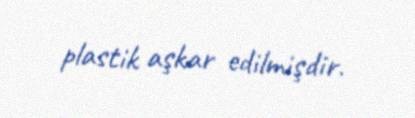
plastik aşkar edilmişdir.